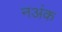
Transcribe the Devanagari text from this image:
नअंक